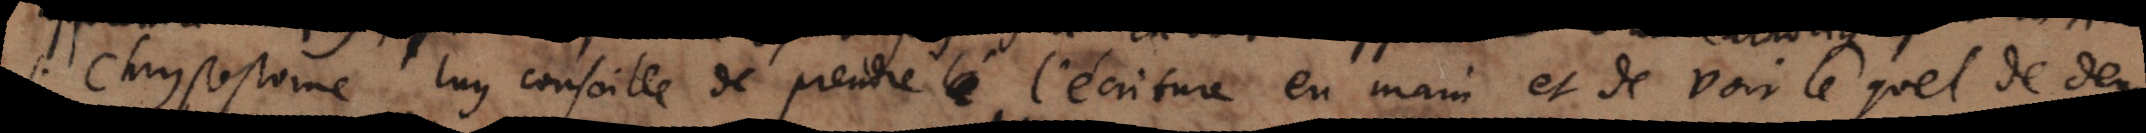
S.Chrysostome luy conseille de prendre le l’écriture en mains et de voir le quel de deux